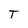
Character: T